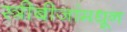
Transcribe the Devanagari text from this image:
स्त्रीबीजांमधून